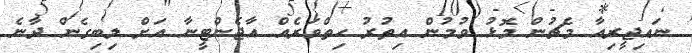
ނައިޖީރިއާ މެޗުން މޮޅު ވުމުން އިތުރު ހިތްވަރެއް އާޖެންޓީނާ އަށް ލިބިގެން ދާނެ